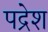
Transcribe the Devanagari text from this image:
पद्रेश